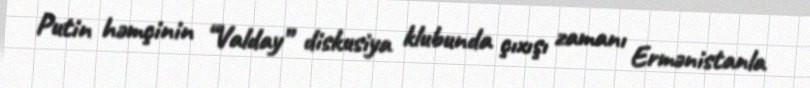
Putin həmçinin “Valday” diskusiya klubunda çıxışı zamanı Ermənistanla